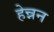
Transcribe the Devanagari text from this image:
हेन्नन